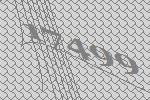
17499